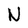
Character: N